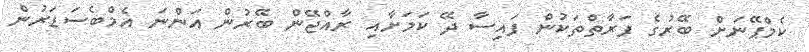
ކެމްޕޭނަށް ބޭރުގެ ފަރާތްތަކުން ފައިސާ ދޭ ކަމަށާއި ރާއްޖޭން ބޭރުން އަންނަ އެމްބެސަޑަރުން